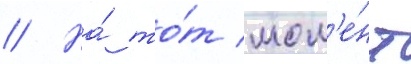
// На́ то́т мом'е́нт